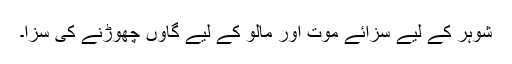
شوہر کے لیے سزائے موت اور مالو کے لیے گاؤں چھوڑنے کی سزا۔